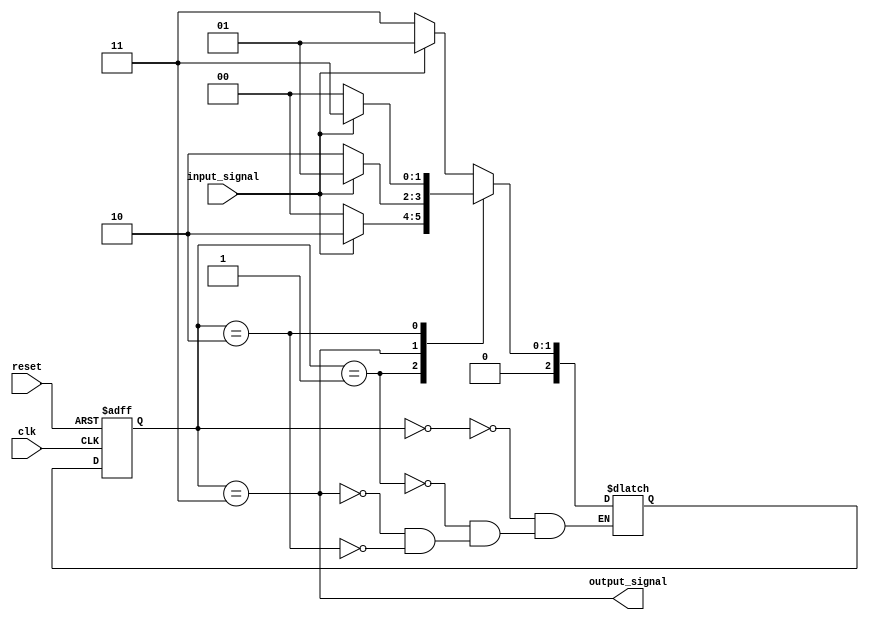
module gray_code_state_machine (
    input wire clk,
    input wire reset,
    input wire input_signal,
    output wire output_signal
);

parameter STATE_A = 3'b000;
parameter STATE_B = 3'b001;
parameter STATE_C = 3'b011;
parameter STATE_D = 3'b010;

reg [2:0] current_state, next_state;

always @ (posedge clk or posedge reset) begin
    if (reset) begin
        current_state <= STATE_A;
    end else begin
        current_state <= next_state;
    end
end

always @ (*) begin
    case (current_state)
        STATE_A: begin
            if (input_signal) begin
                next_state = STATE_B;
            end else begin
                next_state = STATE_C;
            end
        end
        STATE_B: begin
            if (input_signal) begin
                next_state = STATE_D;
            end else begin
                next_state = STATE_A;
            end
        end
        STATE_C: begin
            if (input_signal) begin
                next_state = STATE_B;
            end else begin
                next_state = STATE_D;
            end
        end
        STATE_D: begin
            if (input_signal) begin
                next_state = STATE_C;
            end else begin
                next_state = STATE_A;
            end
        end
    endcase
end

assign output_signal = (current_state == STATE_C);

endmodule